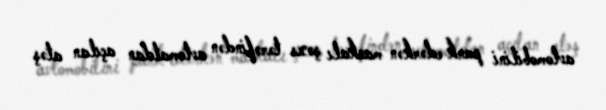
avtomobilini park edərkən maskalı şəxs tərəfindən avtomatdan açılan atəş